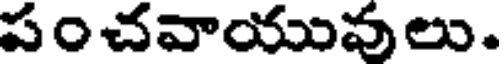
పంచవాయువులు.